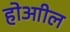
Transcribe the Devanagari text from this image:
होआील